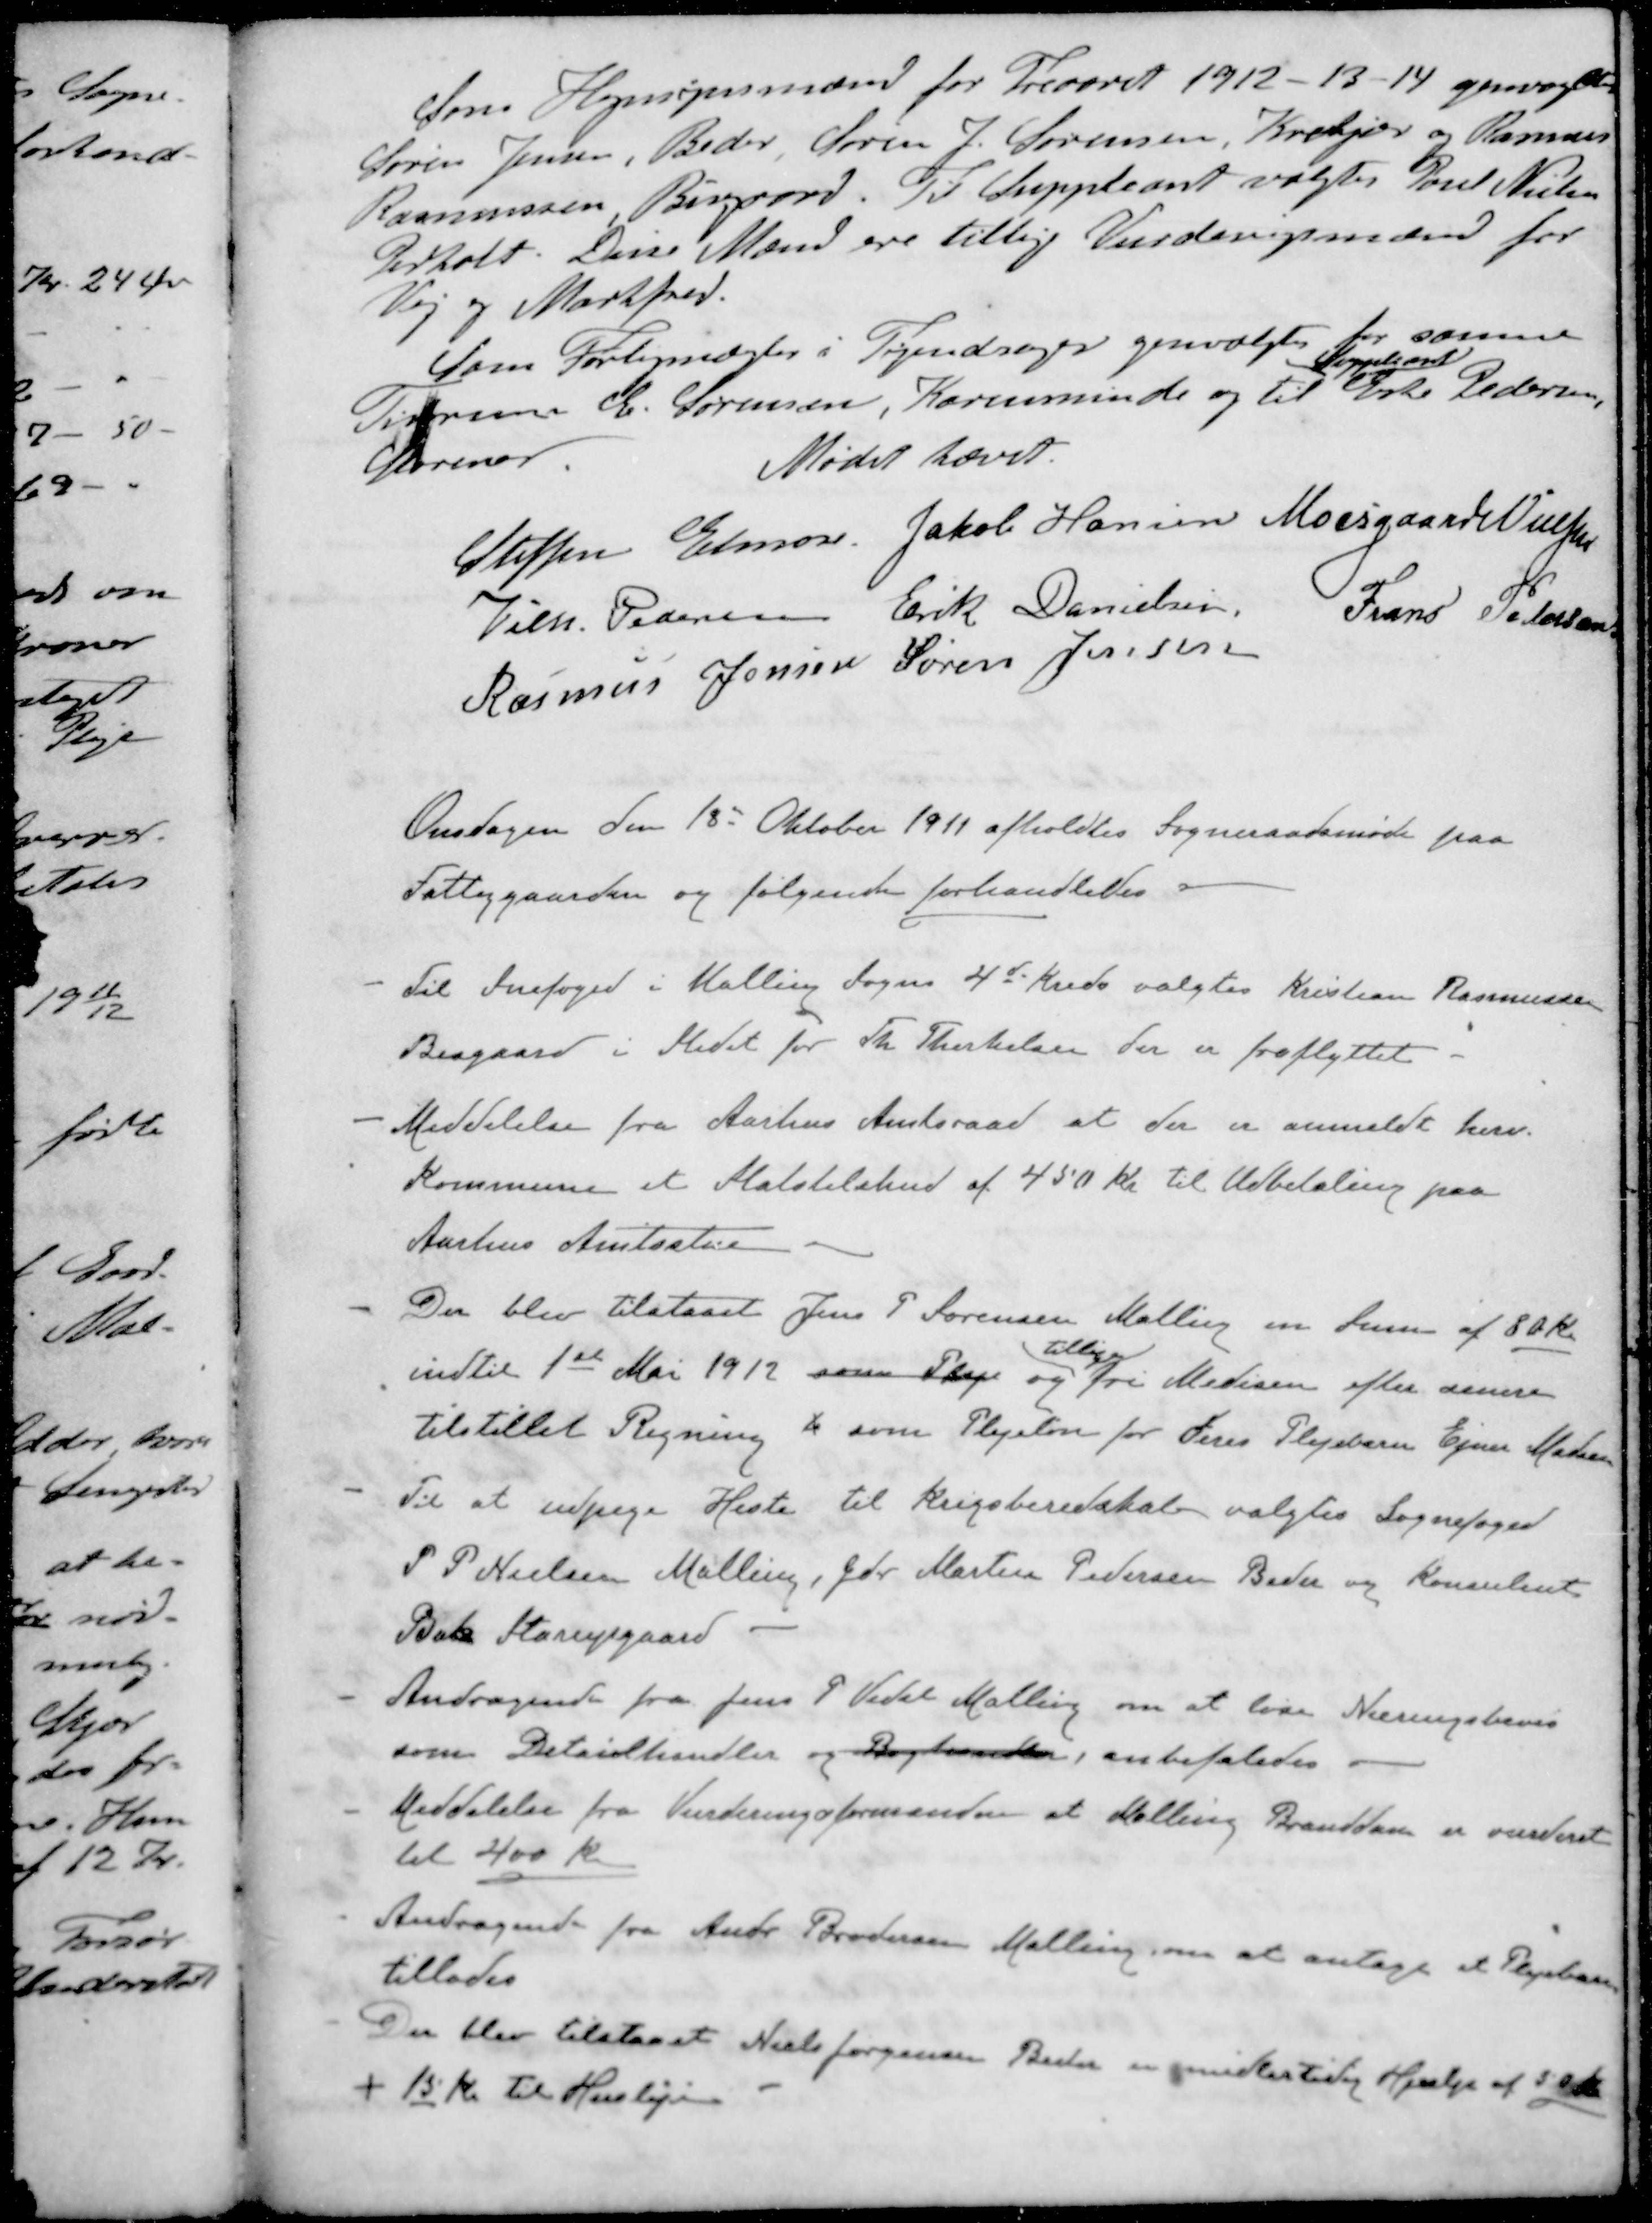
Transskription:
Som Hegnsynsmænd for Treaaret 1912-13-14 genvagtes
Søren Jensen, Beder Søren J. Sørensen, Krekjær og Rasmus
Rasmussen Bisgaard. Til Suppleant valgtes Poul Nielsen
Pedholt. Disse Mænd ere tillige Vurderingsmænd for
Vej og Markfred.
Som Forligsmægler i Tyendsager genvalgtes for samme
Suppleant
Tidrum C. Sørensen, Karenminde og til Eske Pedersen,
Storenor
Mødet hævet.
Steffen Elmose
Jakob Hansen
Moesgaard Nielsen
Vilh. Pedersen
Erik Danielsen
Frans Pedersen
Rasmus Jensen
Søren Jensen
Onsdagen den 18 Oktober 1911 afholdtes Sogneraadsmøde paa
Fattiggaarden og følgende forhandledes
- Til Snefoged i Malling Sogns 4de Kreds valgtes Kristian Rasmussen
Bisgaard i Stedet for Th. Therkelsen der er fraflyttet
- Meddelelse fra Aarhus Amtsraad at der er anmeldt herv.
Kommune et Statstilskud af 450 Kr. til Udbetaling paa
Aarhus Amtsstue -
- Der blev tilstaaet Jens P Sørensen Malling en Sum af 80 Kr
tillige
indtil 1ste Mai 1912 som Pleje og fri Medicin efter senere
tilstillet Regning i som Plejeløn for deres Plejebarn Ejner Madsen
- Til at udpege Heste til Krigsberedskab valgtes Sognefoged
P. P. Nielsen Malling, Gdr Martin Pedersen Beder og Konsulent
Bak Starupgaard -
- Andragende fra Jens P Vedel Malling om at løse Næringsbevis
som Detailhandler og Boghandler, anbefaledes.
- Meddelelse fra Vurderingsformanden at Malling Branddam er vurderet
til 400 Kr
- Andragende fra Andr Brodersen Malling om at antage et Plejebarn
tillades
- Der blev tilstaaet Niels Jørgensen Beder er midlertidig Hjælp af 50 Kr.
+ 15 Kr til Husleje